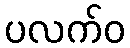
ပလက်ဝ